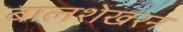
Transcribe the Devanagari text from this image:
बालशेखरन